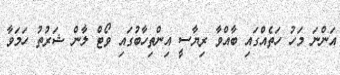
އަންނަ މަހު ހަތެއްގައި ބާއްވާ ރިޔާސީ އިންތިހާބުގައި ވޯޓް ލާން ޝަރުތު ހަމަވާ